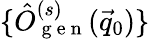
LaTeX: \{ \hat{O}_{\mathrm{~g~e~n~}}^{(s)}(\vec{q}_{0})\}